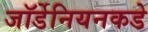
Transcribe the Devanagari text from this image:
जॉर्डेनियनकडे